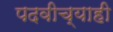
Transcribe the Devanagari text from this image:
पदवीच्याही